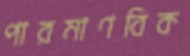
পারমাণবিক